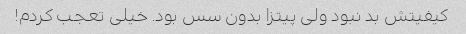
کیفیتش بد نبود ولی پیتزا بدون سس بود. خیلی تعجب کردم!